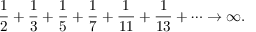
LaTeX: { \frac { 1 } { 2 } } + { \frac { 1 } { 3 } } + { \frac { 1 } { 5 } } + { \frac { 1 } { 7 } } + { \frac { 1 } { 1 1 } } + { \frac { 1 } { 1 3 } } + \cdots \rightarrow \infty .